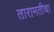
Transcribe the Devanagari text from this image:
तारामतीचा